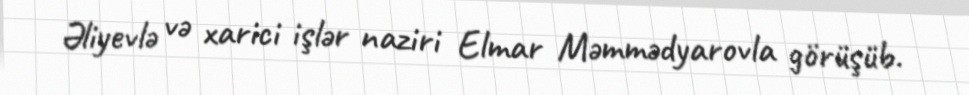
Əliyevlə və xarici işlər naziri Elmar Məmmədyarovla görüşüb.